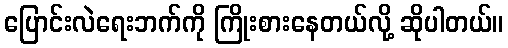
ပြောင်းလဲရေးဘက်ကို ကြိုးစားနေတယ်လို့ ဆိုပါတယ်။